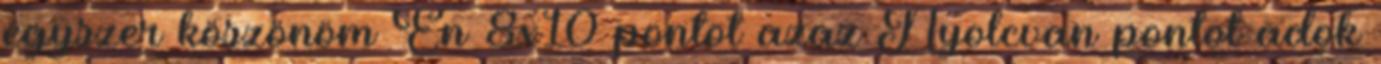
egyszer köszönöm Én 8x10 pontot azaz Nyolcvan pontot adok